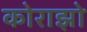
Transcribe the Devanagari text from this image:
कोराझो